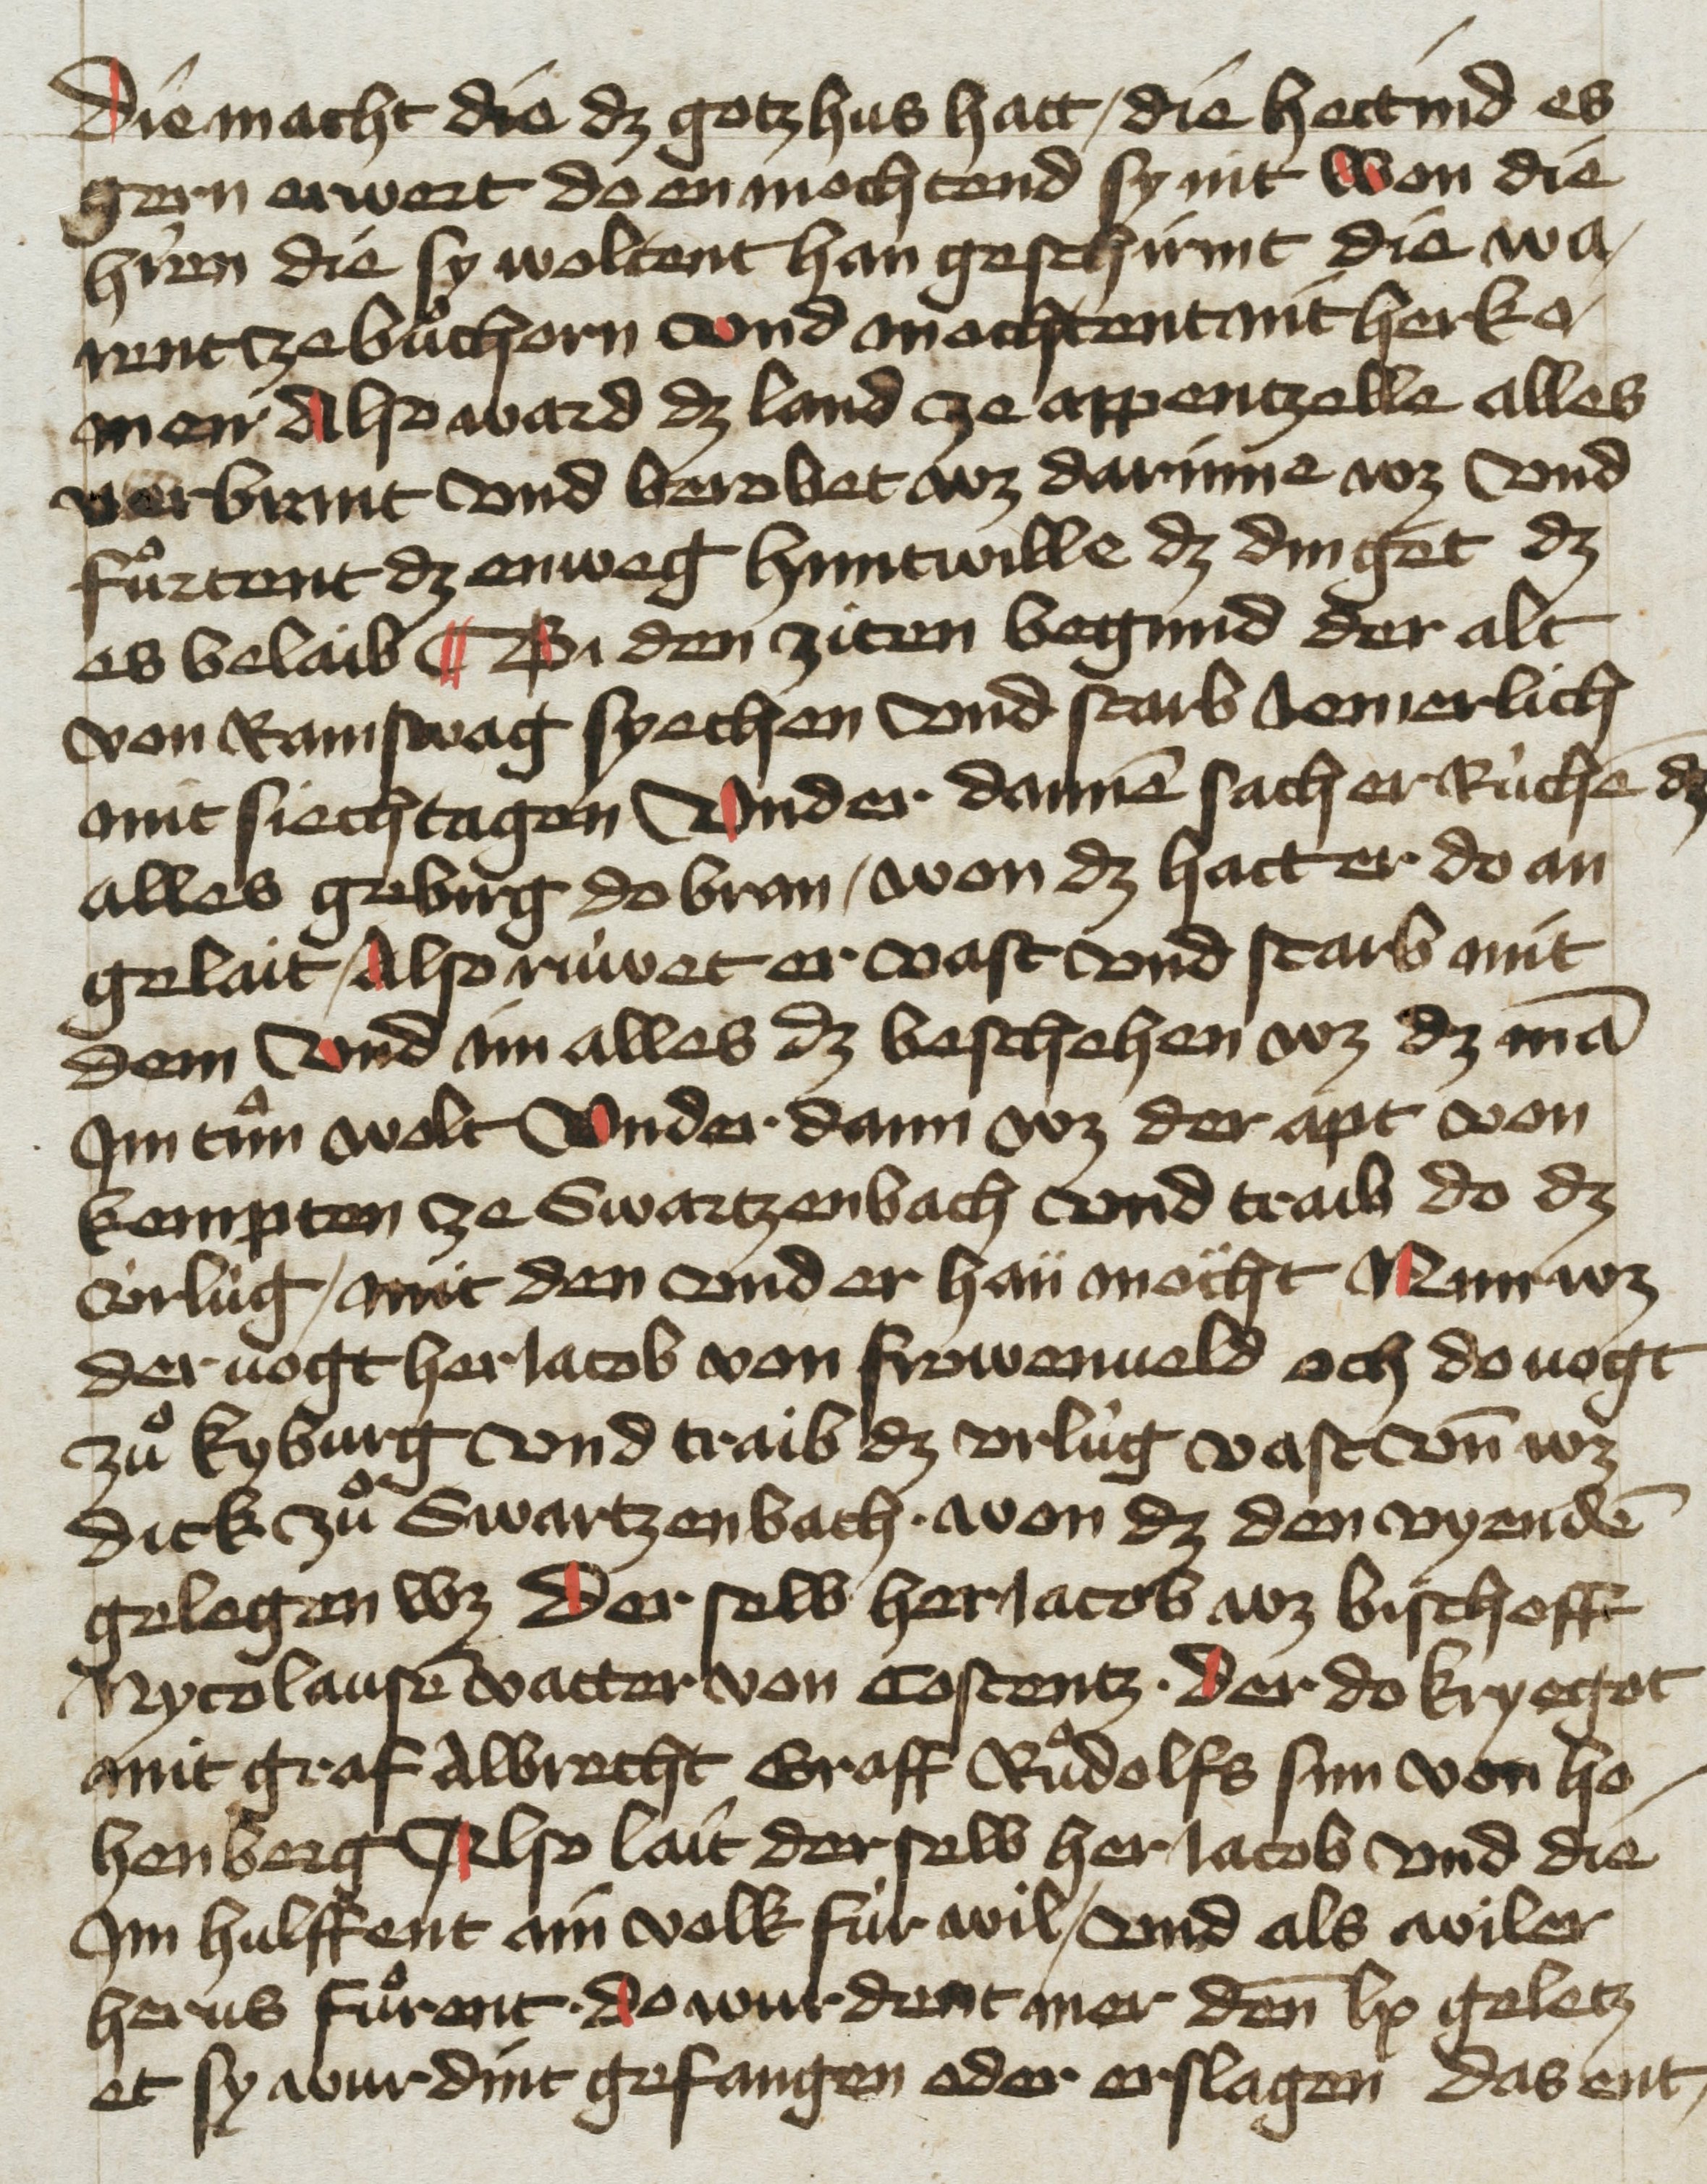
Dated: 1455–1465